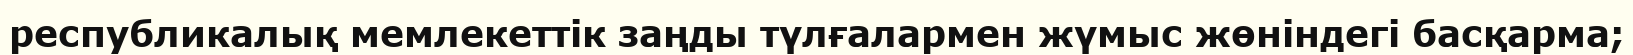
республикалық мемлекеттік заңды түлғалармен жүмыс жөніндегі басқарма;